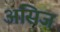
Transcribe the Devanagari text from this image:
असिज